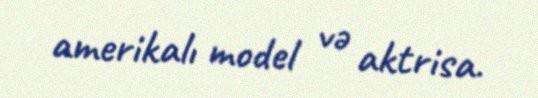
amerikalı model və aktrisa.